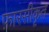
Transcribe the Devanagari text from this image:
फ़ारसीकृत